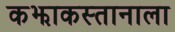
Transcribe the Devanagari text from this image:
कझाकस्तानाला